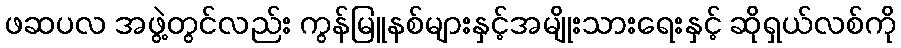
ဖဆပလ အဖွဲ့တွင်လည်း ကွန်မြူနစ်များနှင့်အမျိုးသားရေးနှင့် ဆိုရှယ်လစ်ကို